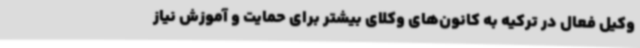
وکیل فعال در ترکیه به کانون‌های وکلای بیشتر برای حمایت و آموزش نیاز